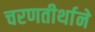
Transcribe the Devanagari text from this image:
चरणतीर्थाने